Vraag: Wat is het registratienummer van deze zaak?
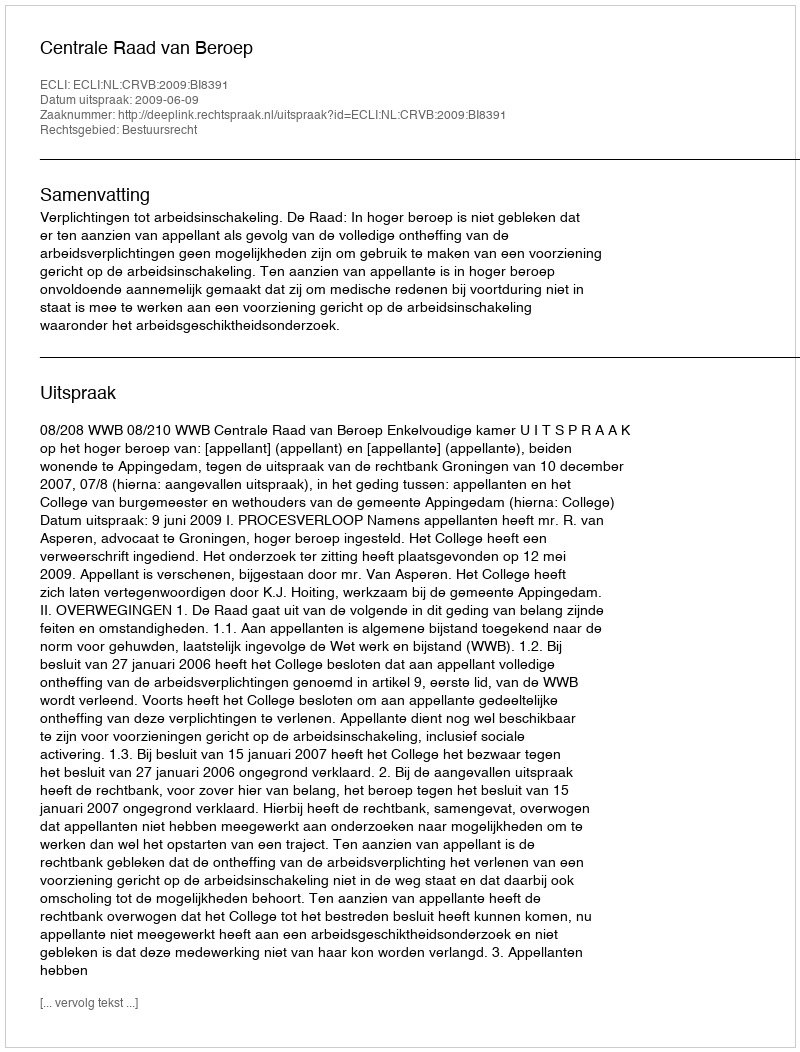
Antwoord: http://deeplink.rechtspraak.nl/uitspraak?id=ECLI:NL:CRVB:2009:BI8391